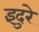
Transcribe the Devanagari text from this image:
इंदुरे